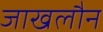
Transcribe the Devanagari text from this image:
जाखलौन